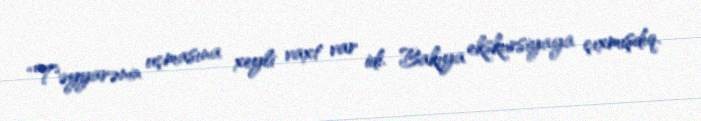
“Təyyarənin uçmasına xeyli vaxt var idi. Bakıya ekskursiyaya çıxmışdıq.